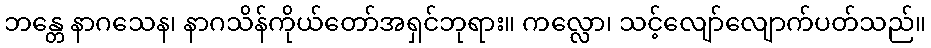
ဘန္တေ နာဂသေန၊ နာဂသိန်ကိုယ်တော်အရှင်ဘုရား။ ကလ္လော၊ သင့်လျော်လျောက်ပတ်သည်။